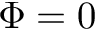
\Phi = 0